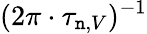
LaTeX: (2\pi\cdot\tau_{\mathtt{n},V})^{-1}